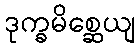
ဒုက္ခမိစ္ဆေယျ